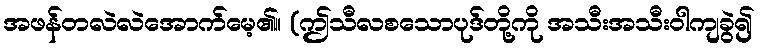
အဖန်တလဲလဲအောက်မေ့၏။ (ဤသီလစသောပုဒ်တို့ကို အသီးအသီးဝါကျခွဲ၍